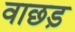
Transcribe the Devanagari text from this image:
वाछड़